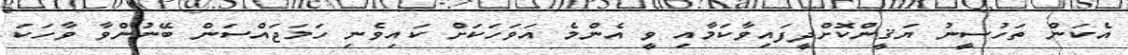
އެކަން ތަހުސީނު ޔަޤީންކޮށްދީފައިވާކަމާއި ވީ އެންމެ އަވަހަކަށް ކައިވެނި ހަމަޖައްސަން ބޭނުންވާ ވާހަކަ